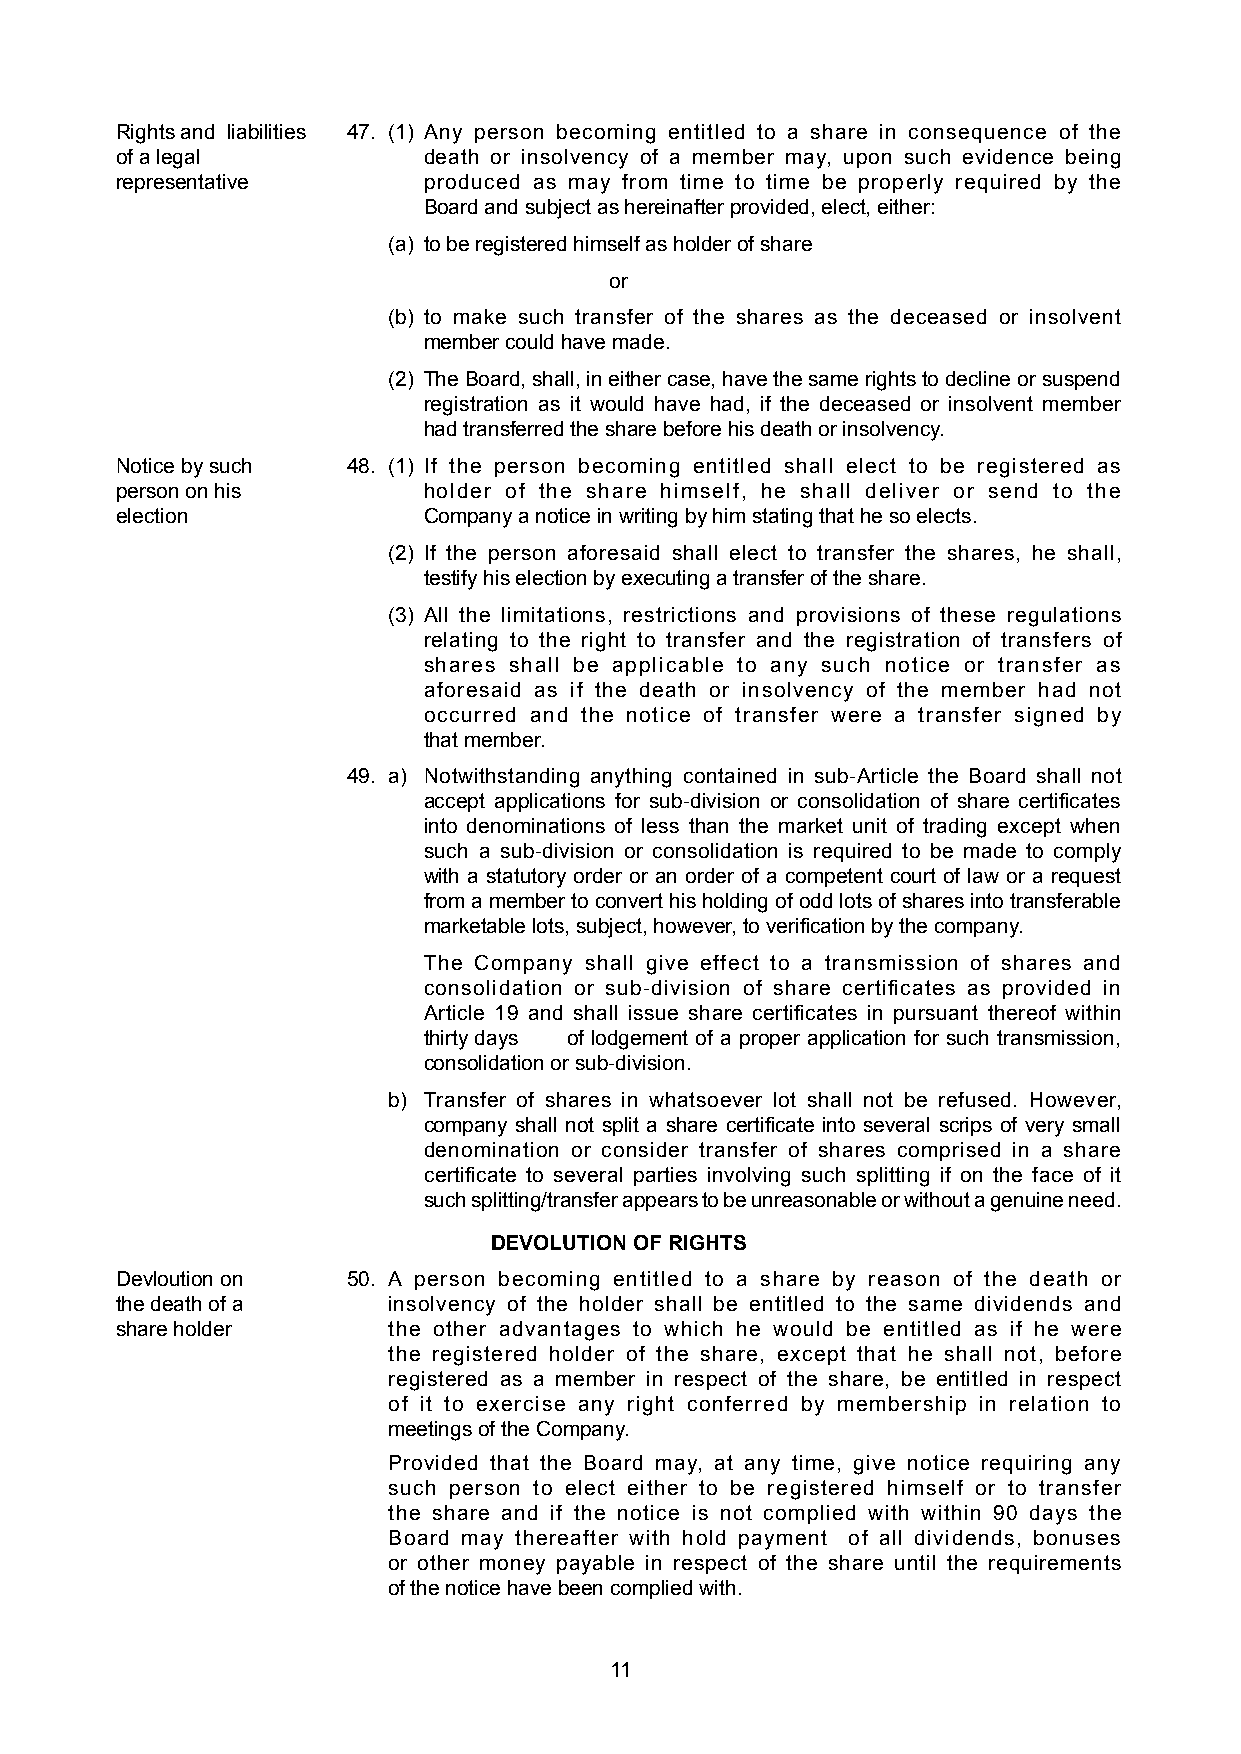
Rights and liabilities 47. (1) Any person becoming entitled to a share in consequence of the
 of a legal          death or insolvency of a member may, upon such evidence being
 representative      produced as may from time to time be properly required by the
 Board and subject as hereinafter provided, elect, either:
 (a) to be registered himself as holder of share
 or
 (b) to make such transfer of the shares as the deceased or insolvent
 member could have made.
 (2) The Board, shall, in either case, have the same rights to decline or suspend
 registration as it would have had, if the deceased or insolvent member
 had transferred the share before his death or insolvency.
 Notice by such 48. (1) If the person becoming entitled shall elect to be registered as
 person on his       holder of the share himself, he shall deliver or send to the
 election            Company a notice in writing by him stating that he so elects.
 (2) If the person aforesaid shall elect to transfer the shares, he shall,
 testify his election by executing a transfer of the share.
 (3) All the limitations, restrictions and provisions of these regulations
 relating to the right to transfer and the registration of transfers of
 shares shall be applicable to any such notice or transfer as
 aforesaid as if the death or insolvency of the member had not
 occurred and the notice of transfer were a transfer signed by
 that member.
 49. a) Notwithstanding anything contained in sub-Article the Board shall not
 accept applications for sub-division or consolidation of share certificates
 into denominations of less than the market unit of trading except when
 such a sub-division or consolidation is required to be made to comply
 with a statutory order or an order of a competent court of law or a request
 from a member to convert his holding of odd lots of shares into transferable
 marketable lots, subject, however, to verification by the company.
 The Company shall give effect to a transmission of shares and
 consolidation or sub-division of share certificates as provided in
 Article 19 and shall issue share certificates in pursuant thereof within
 thirty days of lodgement of a proper application for such transmission,
 consolidation or sub-division.
 b) Transfer of shares in whatsoever lot shall not be refused. However,
 company shall not split a share certificate into several scrips of very small
 denomination or consider transfer of shares comprised in a share
 certificate to several parties involving such splitting if on the face of it
 such splitting/transfer appears to be unreasonable or without a genuine need.
 DEVOLUTION OF RIGHTS
 Devloution on  50. A person becoming entitled to a share by reason of the death or
 the death of a    insolvency of the holder shall be entitled to the same dividends and
 share holder      the other advantages to which he would be entitled as if he were
 the registered holder of the share, except that he shall not, before
 registered as a member in respect of the share, be entitled in respect
 of it to exercise any right conferred by membership in relation to
 meetings of the Company.
 Provided that the Board may, at any time, give notice requiring any
 such person to elect either to be registered himself or to transfer
 the share and if the notice is not complied with within 90 days the
 Board may thereafter with hold payment of all dividends, bonuses
 or other money payable in respect of the share until the requirements
 of the notice have been complied with.
 11